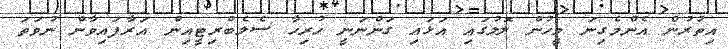
އިތުރުން އެންމެގިނަ މީހުން ލޮލުގައި އަޅައި ގަންނަނީ ހުރިހާ ސެލެބްރިޓީއިން އަރާފައިވާން ނުވަތަ